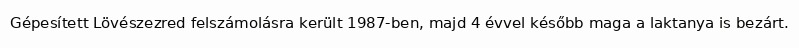
Gépesített Lövészezred felszámolásra került 1987-ben, majd 4 évvel később maga a laktanya is bezárt.